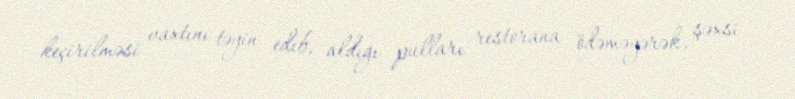
keçirilməsi vaxtını təyin edib, aldığı pulları restorana ödəməyərək, şəxsi